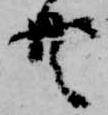
共